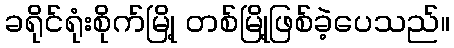
ခရိုင်ရုံးစိုက်မြို့ တစ်မြို့ဖြစ်ခဲ့ပေသည်။